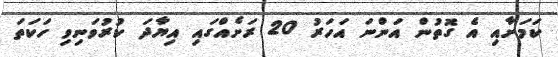
ކަމަށާއި އެ ގޮތުން އަންނަ އަހަރު 20 ރަށެއްގައި އިޔާދަ ކުރުވަނިވި ހަކަތަ